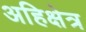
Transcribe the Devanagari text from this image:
अहिक्षेत्र